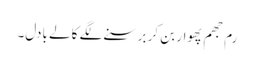
رم جھم پھوار بن کر برسنے لگے کالے بادل۔